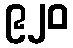
၉၂၀